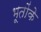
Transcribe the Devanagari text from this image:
भूतोंके